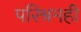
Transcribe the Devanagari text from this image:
परिश्रमही